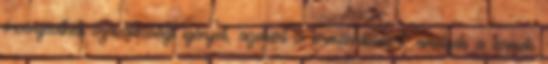
érvényesítheti szavatossági igényeit, azokért a termékhibákért, amelyek a termék